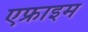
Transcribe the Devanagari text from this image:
एफ्राइम